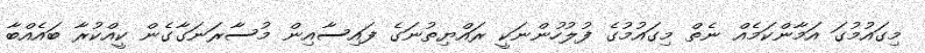
މިގައުމުގަ އަމާންކަމެއް ނެތް މިގައުމުގެ ފުލުހުންނަކީ ރައްޔިތުނަގެ ފައިސާއިން މުސާރަނަގާގެން ކީއްކުރާ ބައެއްބާ